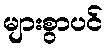
များစွာပင်